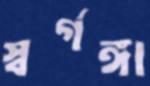
স্বর্গঙ্গা